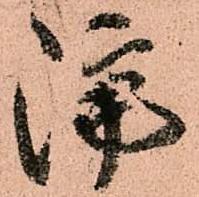
隔